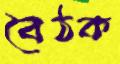
বৈঠক